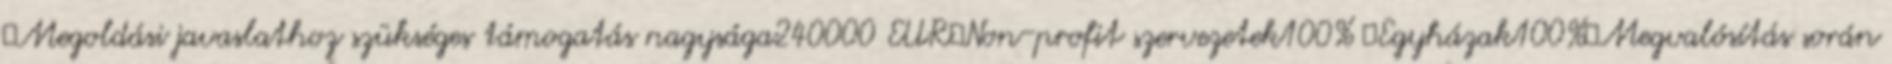
▪Megoldási javaslathoz szükséges támogatás nagysága240000 EUR▪Non-profit szervezetek100% ▪Egyházak100%▪Megvalósítás során